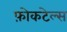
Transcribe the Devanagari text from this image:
फ़ोकटेल्स